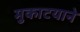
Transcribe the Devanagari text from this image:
मुकाटयाने